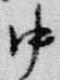
中